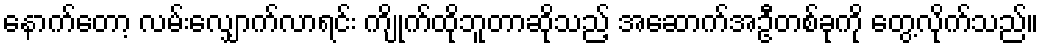
နောက်တော့ လမ်းလျှောက်လာရင်း ကျိုက်ထိုဘူတာဆိုသည့် အဆောက်အဦတစ်ခုကို တွေ့လိုက်သည်။